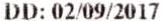
DD: 02/09/2017